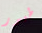
طيور